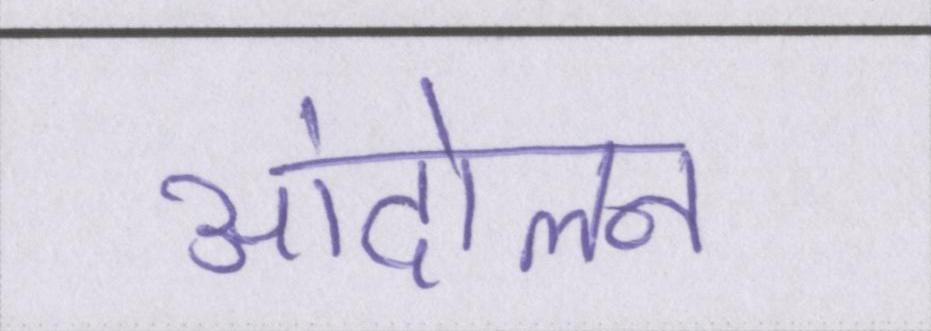
आंदोलन